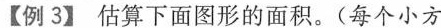
【例3】估算下面图形的面积。(每个小方